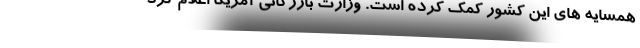
همسایه های این کشور کمک کرده است. وزارت بازرگانی آمریکا اعلام کرد